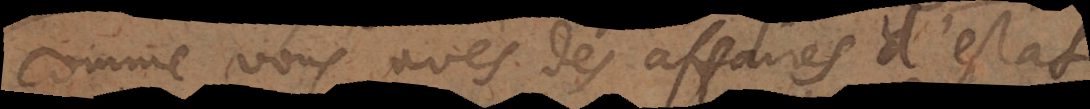
comme vous avés des affaires d’estat